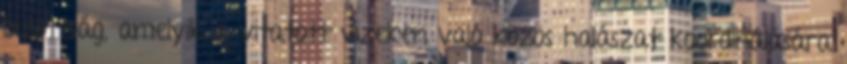
bizottság, amelyik a vitatott vizeken való közös halászat koordinálására